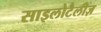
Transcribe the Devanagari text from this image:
साइलोटैलीज़